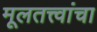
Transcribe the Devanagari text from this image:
मूलतत्त्वांचा